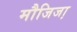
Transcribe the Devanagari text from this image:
मौजिजा़